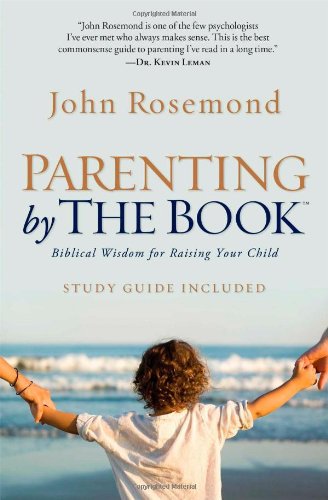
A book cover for Parenting by The Book: Biblical Wisdom for Raising Your Child; John Rosemond; Christian Books & Bibles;